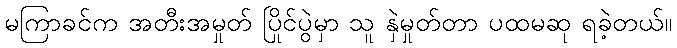
မကြာခင်က အတီးအမှုတ် ပြိုင်ပွဲမှာ သူ နှဲမှုတ်တာ ပထမဆု ရခဲ့တယ်။